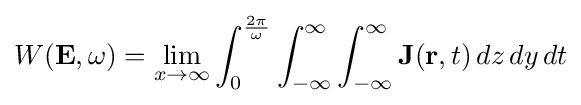
W(\mathbf {E} ,\omega )=\lim _{x\to \infty }\int _{0}^{\frac {2\pi }{\omega }}\int _{-\infty }^{\infty }\int _{-\infty }^{\infty }\mathbf {J} (\mathbf {r} ,t)\,dz\,dy\,dt